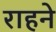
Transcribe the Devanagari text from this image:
राहने